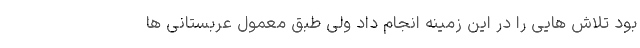
بود تلاش هایی را در این زمینه انجام داد ولی طبق معمول عربستانی ها